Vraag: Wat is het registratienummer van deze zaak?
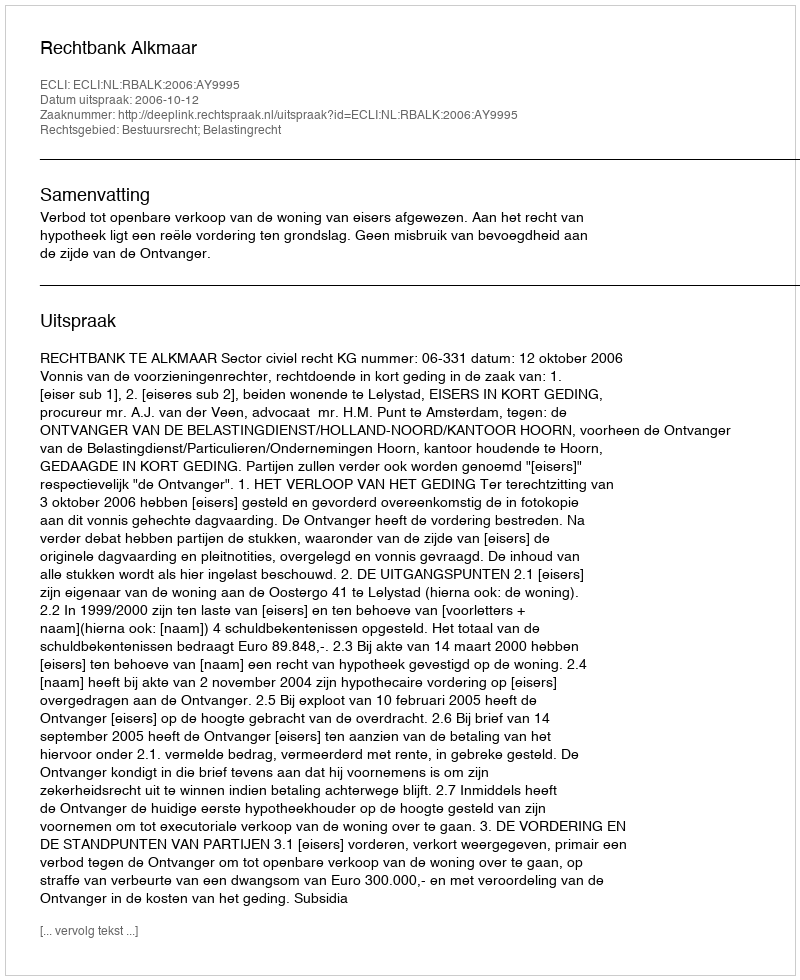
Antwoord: http://deeplink.rechtspraak.nl/uitspraak?id=ECLI:NL:RBALK:2006:AY9995